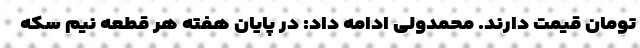
تومان قیمت دارند. محمدولی ادامه داد: در پایان هفته هر قطعه نیم سکه